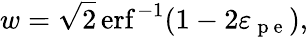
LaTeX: w=\sqrt{2}\operatorname{erf}^{-1}(1-2\varepsilon_{\mathrm{~p~e~}}),